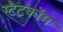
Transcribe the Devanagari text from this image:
स्टैटकॉम